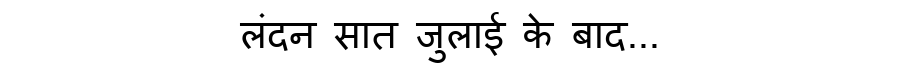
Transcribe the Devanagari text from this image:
लंदन सात जुलाई के बाद...